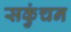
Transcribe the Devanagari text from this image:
सकुंचन